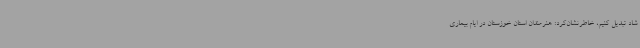
شاد تبدیل کنیم، خاطرنشان‌کرد: هنرمندان استان خوزستان در ایام بیماری